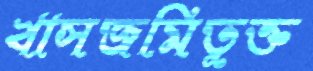
খাসজমিভুক্ত